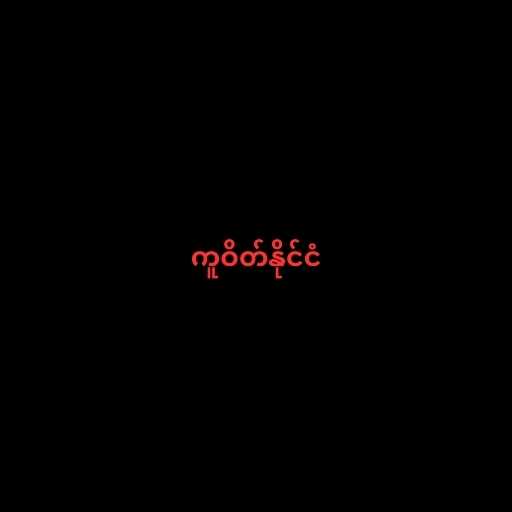
ကူဝိတ်နိုင်ငံ